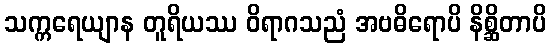
သက္ကရေယျာန တူရိယဿ ဝိရာဂသညံ အဗဓိရောပိ နိစ္ဆိတာပိ